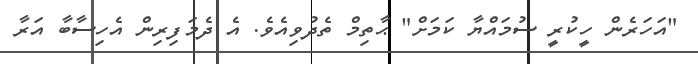
"އަހަރެން ހީކުރީ ސުމައްޔާ ކަމަށް" ޙާތިމް ތެދުވިއެވެ. އެ ދެމަފިރިން އެހިސާބާ އަރާ